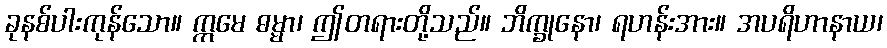
ခုနစ်ပါးကုန်သော။ ဣမေ ဓမ္မာ၊ ဤတရားတို့သည်။ ဘိက္ခုနော၊ ရဟန်းအား။ အပရိဟာနာယ၊